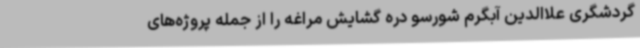
گردشگری علاالدین آبگرم شورسو دره گشایش مراغه را از جمله پروژه‌های